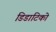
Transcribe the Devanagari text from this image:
डिडाटिको